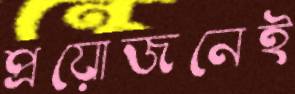
প্রয়োজনেই